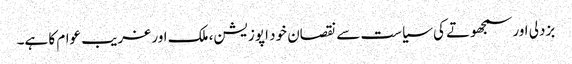
بزدلی اور سمجھوتے کی سیاست سے نقصان خود اپوزیشن، ملک اور غریب عوام کا ہے۔